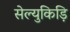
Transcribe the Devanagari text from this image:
सेल्युकिड़ि